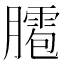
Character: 𦡕